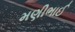
મણીભાઈ